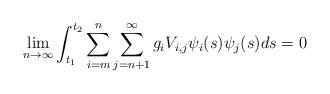
LaTeX: \begin{align*} \lim_{n \to \infty} \int_{t_1}^{t_2} \sum_{i=m}^{n} \sum_{j=n+1}^{\infty} g_iV_{i,j}\psi_i(s)\psi_j(s)ds=0 \end{align*}